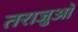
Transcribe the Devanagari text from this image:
तराजुओं